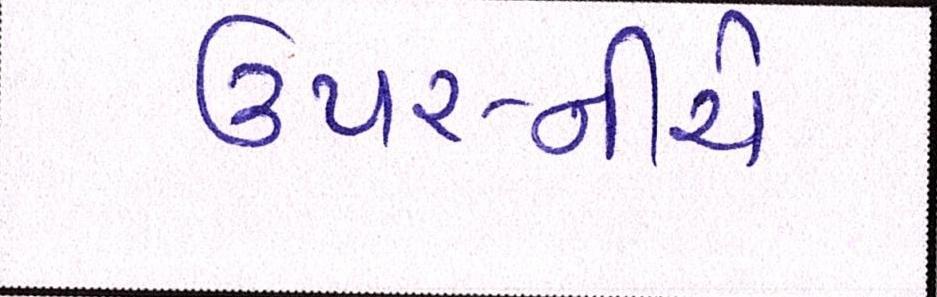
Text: ઉપર-નીચે